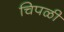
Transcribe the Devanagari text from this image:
चिपळी